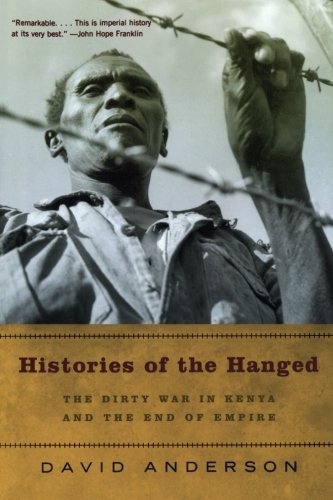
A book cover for Histories of the Hanged: The Dirty War in Kenya and the End of Empire; David Anderson; History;